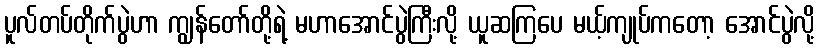
ပူလ်တပ်တိုက်ပွဲဟာ ကျွန်တော်တို့ရဲ့ မဟာအောင်ပွဲကြီးလို့ ယူဆကြပေ မယ့်ကျုပ်ကတော့ အောင်ပွဲလို့